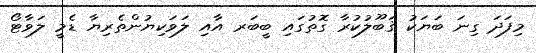
މިފަދަ ގިނަ ބަޔަކު ޤަބޫލުކުރާ ގޮތުގައި ބީބަރ އާއި ލަވަކިޔުންތެރިޔާ ޑެމީ ލަވާޓޯ